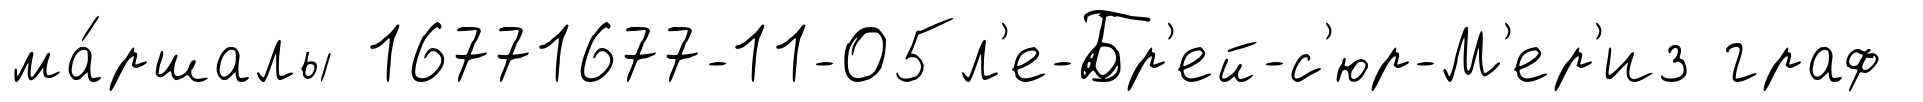
ма́ршалы 16771677-11-05л'е-Бр'ей-с'юр-М'ер'из граф